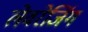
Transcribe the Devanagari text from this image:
लेवरेजिंग